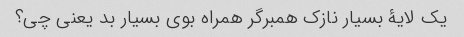
یک لایۀ بسیار نازک همبرگر همراه بوی بسیار بد یعنی چی؟